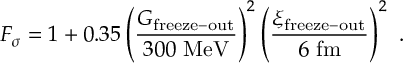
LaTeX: F _ { \sigma } = 1 + 0 . 3 5 \left( \frac { G _ { \mathrm { f r e e z e - o u t } } } { 3 0 0 \ \mathrm { M e V } } \right) ^ { 2 } \left( \frac { \xi _ { \mathrm { f r e e z e - o u t } } } { 6 \ \mathrm { f m } } \right) ^ { 2 } \ .